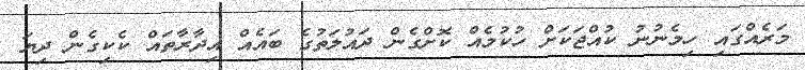
މަރެއްގައި ހިމެނުނު ކުއްޖަކަށް ހުކުމެއް ކޮށްގެން ދައުލަތުގެ ބައެއް އިދާރާތައް ކެކިގެން ދިޔަ